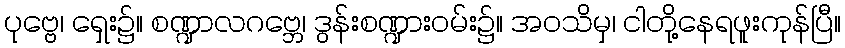
ပုဗ္ဗေ၊ ရှေး၌။ စဏ္ဍာလဂဗ္ဘေ၊ ဒွန်းစဏ္ဍားဝမ်း၌။ အဝသိမှ၊ ငါတို့နေရဖူးကုန်ပြီ။